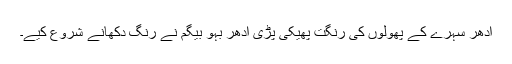
اِدھر سہرے کے پھولوں کی رنگت پھیکی پڑی اُدھر بہو بیگم نے رنگ دکھانے شروع کیے۔